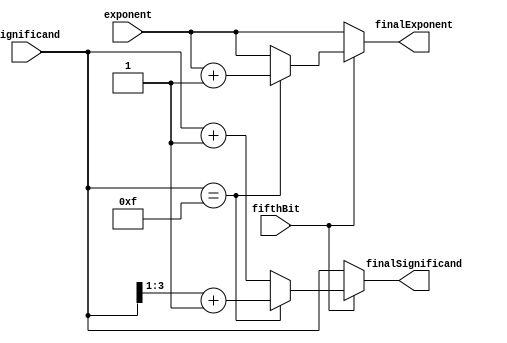
`timescale 1ns / 1ps
//////////////////////////////////////////////////////////////////////////////////
// Company: 
// Engineer: 
// 
// Design Name: 
// Module Name: rounding
// Project Name: 
// Target Devices: 
// Tool Versions: 
// Description: 
// 
// Dependencies: 
// 
// Revision:
// Revision 0.01 - File Created
// Additional Comments:
// 
//////////////////////////////////////////////////////////////////////////////////


module rounding(input [2:0] exponent,
                input [3:0] significand,
                input fifthBit,
                output reg [2:0] finalExponent,
                output reg [3:0] finalSignificand
);

always @(*) begin
    if (fifthBit == 1) begin
        if (significand == 4'b1111) begin
            finalSignificand <= (significand >> 1) + 1;
            finalExponent <= exponent + 1;        
        end
        else begin
            finalSignificand <= significand + 1'b1;
            finalExponent <= exponent;
        end
    end
    else begin
        finalSignificand <= significand;
        finalExponent <= exponent;
    end
end

endmodule